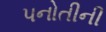
પનોતીની